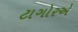
ટાગોરએ